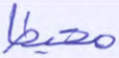
محيطا